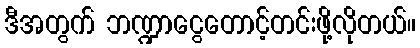
ဒီအတွက် ဘဏ္ဍာငွေတောင့်တင်းဖို့လိုတယ်။